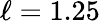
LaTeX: \ell=1.25